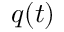
q ( t )